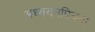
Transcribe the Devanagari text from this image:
अध्ययनप्रियता